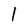
Character: l